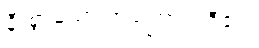
နီးစွာသော အကြောင်းရှိ၏။